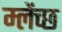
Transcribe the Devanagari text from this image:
म्लेंच्छ